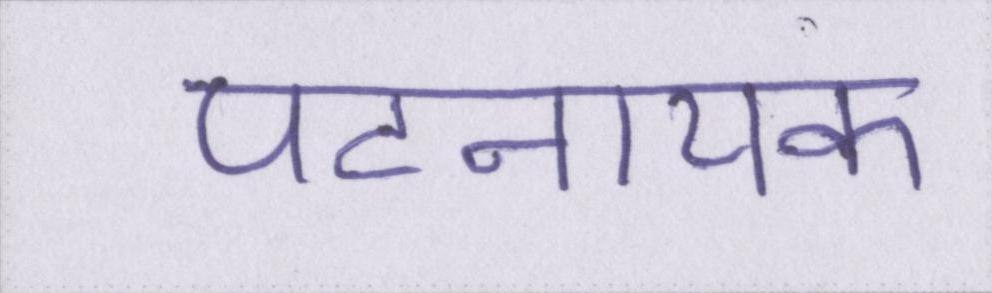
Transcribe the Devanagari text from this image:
पटनायक